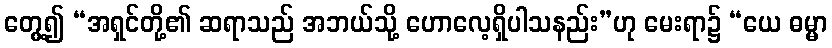
တွေ့၍ “အရှင်တို့၏ ဆရာသည် အဘယ်သို့ ဟောလေ့ရှိပါသနည်း”ဟု မေးရာ၌ “ယေ ဓမ္မာ